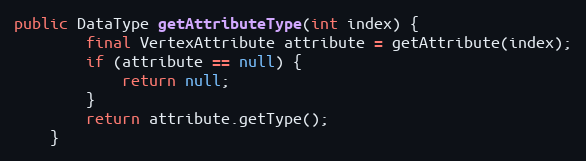
Language: Java
public DataType getAttributeType(int index) {
        final VertexAttribute attribute = getAttribute(index);
        if (attribute == null) {
            return null;
        }
        return attribute.getType();
    }